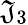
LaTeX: \mathfrak{J}_{3}